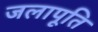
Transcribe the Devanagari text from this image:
जलापूति